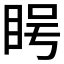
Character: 𪾨